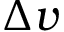
\Delta v